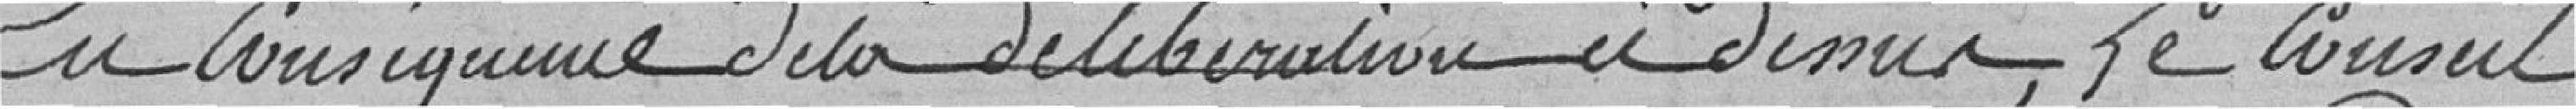
En conséquence de la délibération ci-dessus, le Conseil